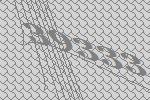
39333